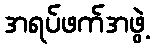
အရပ်ဖက်အဖွဲ့